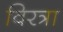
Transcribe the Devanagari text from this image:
विरत्रा